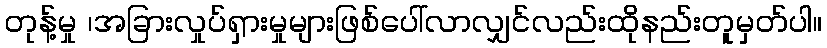
တုန့်မှု ၊အခြားလှုပ်ရှားမှုများဖြစ်ပေါ်လာလျှင်လည်းထိုနည်းတူမှတ်ပါ။